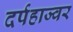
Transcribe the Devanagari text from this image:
दर्पहाज्वर